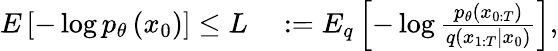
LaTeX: \begin{array}{rl}{E\left[-\log p_{\theta}\left(x_{0}\right)\right]\leq L}&{{}:=E_{q}\left[-\log\frac{p_{\theta}\left(x_{0:T}\right)}{q\left(x_{1:T}|x_{0}\right)}\right],}\end{array}